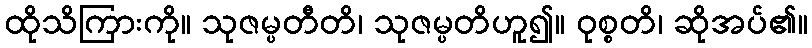
ထိုသိကြားကို။ သုဇမ္ပတီတိ၊ သုဇမ္ပတိဟူ၍။ ဝုစ္စတိ၊ ဆိုအပ်၏။